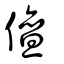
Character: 儃